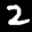
Label: 2